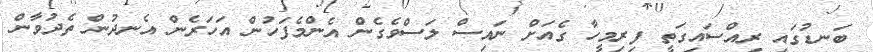
ބަނޑުގައި ރިއްސައިގަތީ ފިރިމީހާ ގެއަށް ނައިސް ލަސްވެގެން އެންމެފަހުން އަހަރެން އެނދުން ތެދުވާން